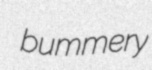
bummery